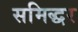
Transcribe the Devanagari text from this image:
समिद्धर